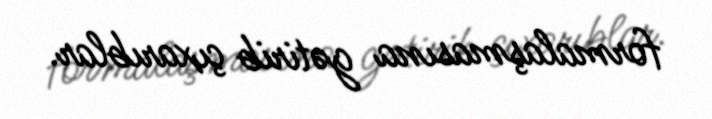
formalaşmasına gətirib çıxarıblar.